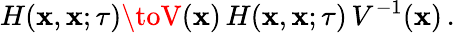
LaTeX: H(\mathbf{x},\mathbf{x};\tau)\toV(\mathbf{x})\, H(\mathbf{x},\mathbf{x};\tau)\, V^{-1}(\mathbf{x})\, .